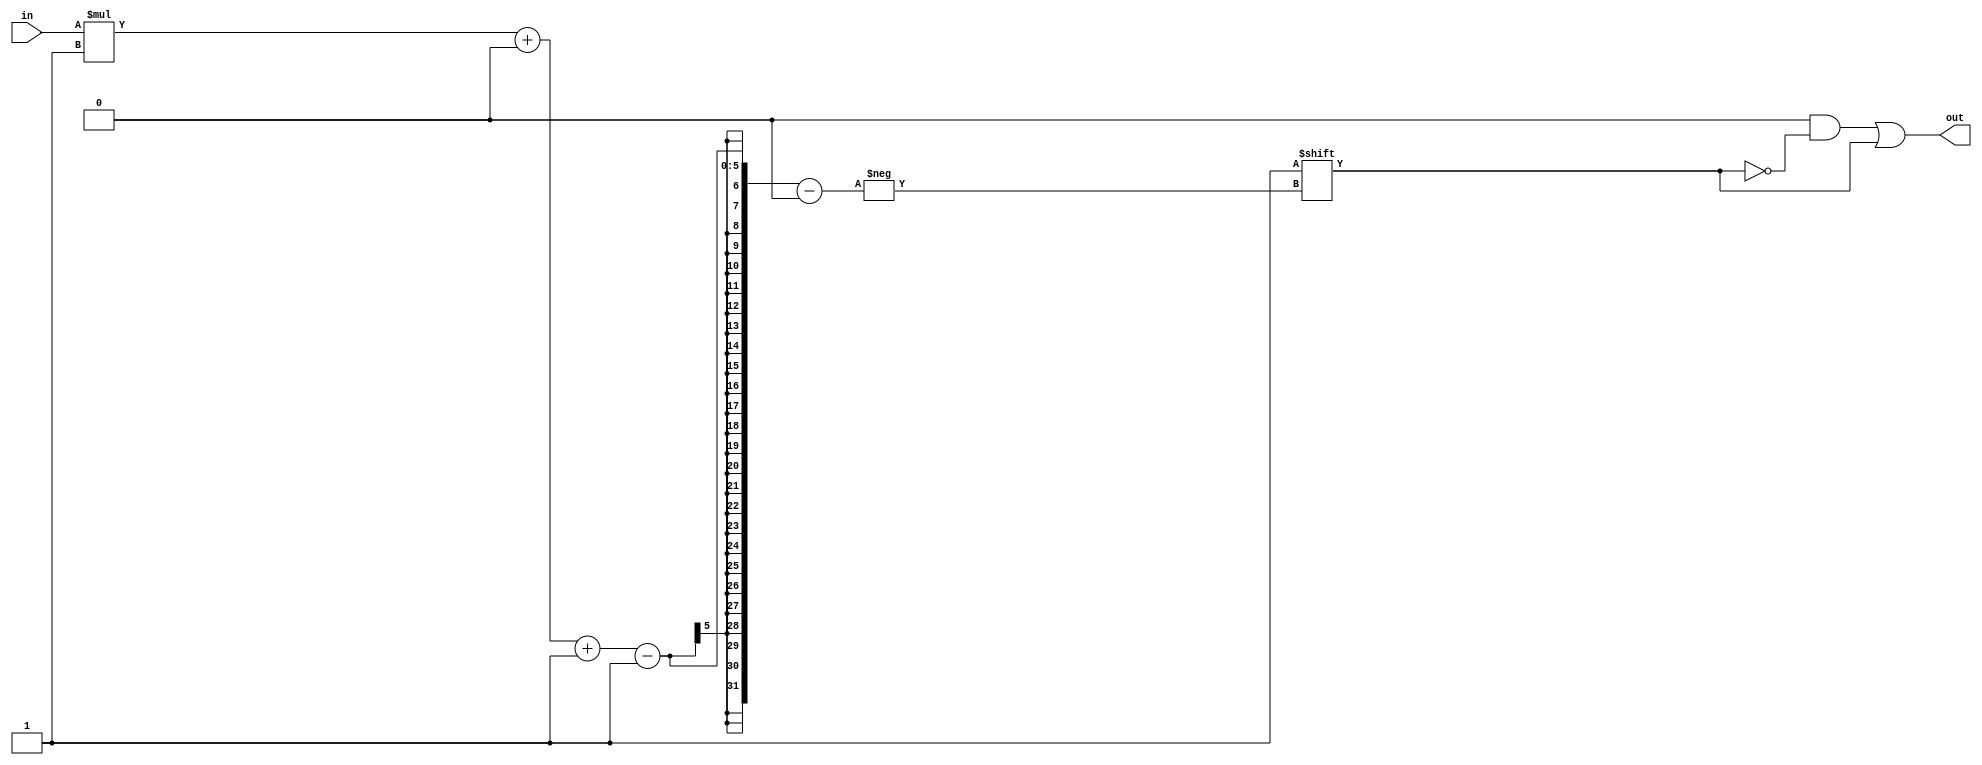
/*
   This file was generated automatically by the Mojo IDE version B1.3.6.
   Do not edit this file directly. Instead edit the original Lucid source.
   This is a temporary file and any changes made to it will be destroyed.
*/

/*
   Parameters:
     WIDTH = DIGIT_BITS
*/
module decoder_14 (
    input [1:0] in,
    output reg [3:0] out
  );
  
  localparam WIDTH = 2'h2;
  
  
  always @* begin
    out = 1'h0;
    out[(in)*1+0-:1] = 1'h1;
  end
endmodule